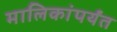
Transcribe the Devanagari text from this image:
मालिकांपर्यंत